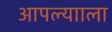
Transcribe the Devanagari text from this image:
आपल्यााला